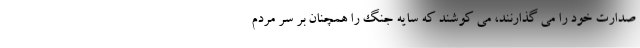
صدارت خود را می گذارنند، می کوشند که سایه جنگ را همچنان بر سر مردم